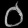
Digit: ၀